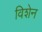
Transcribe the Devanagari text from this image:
विशेन